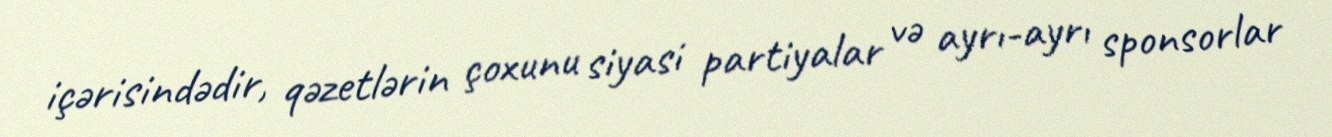
içərisindədir, qəzetlərin çoxunu siyasi partiyalar və ayrı-ayrı sponsorlar